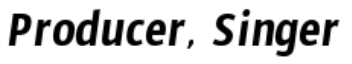
Producer, Singer